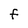
Character: f